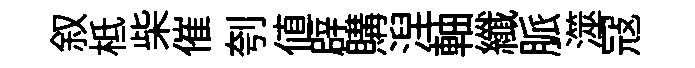
叙柢柴催刳值辟購湼軸纖脈澨冦